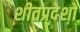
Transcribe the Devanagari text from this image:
शीतप्रदेशों